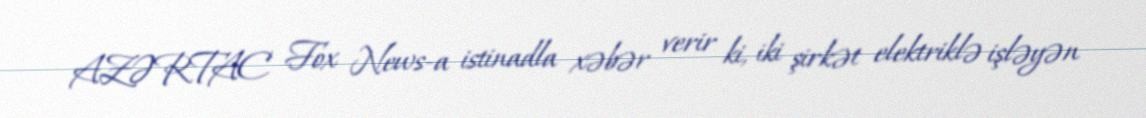
AZƏRTAC Fox News-a istinadla xəbər verir ki, iki şirkət elektriklə işləyən